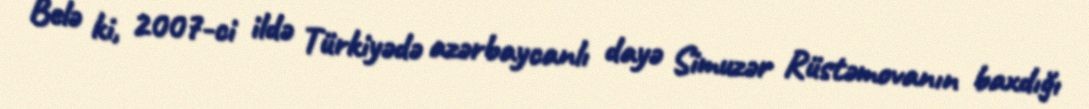
Belə ki, 2007-ci ildə Türkiyədə azərbaycanlı dayə Simuzər Rüstəmovanın baxdığı